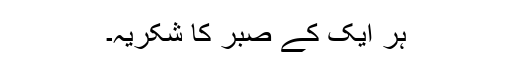
ہر ایک کے صبر کا شکریہ۔